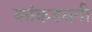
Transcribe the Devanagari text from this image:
कांकडबनी